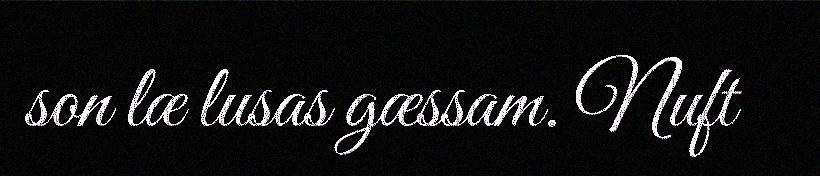
son læ lusas gæssam. Nuft